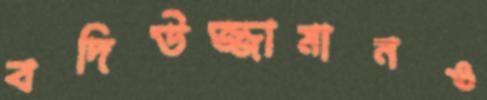
বদিউজ্জামানও